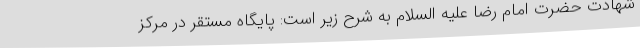
شهادت حضرت امام رضا علیه السلام به شرح زیر است: پایگاه مستقر در مرکز